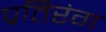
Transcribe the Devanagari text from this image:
प्रतिरंग